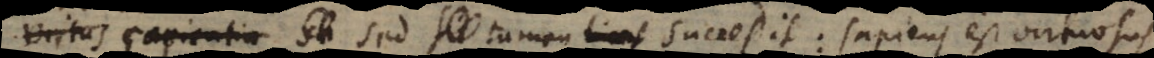
Virtus Sapientia Sa sed tamen licet succedit: sapiens est virtuos